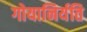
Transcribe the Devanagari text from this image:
गोयानिर्यति